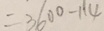
= 3 6 0 0 - 1 1 4